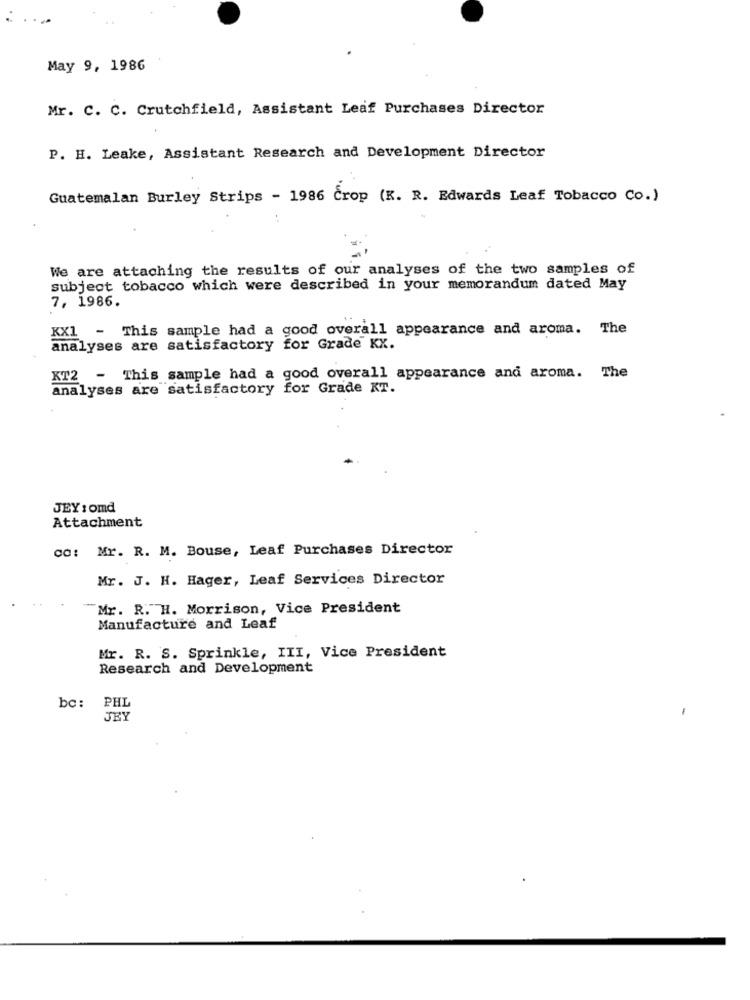
May 9, 1986
Mr. C. C. Crutchfield, Assistant Leaf Purchases Director
P. H. Leake, Assistant Research and Development Director
Guatemalan Burley Strips - 1986 Crop (K. R. Edwards Leaf Tobacco Co.)
We are attaching the results of our analyses of the two samples of
subject tobacco which were described in your memorandum dated May
7, 1986.
KX1 - This sample had a good overall appearance and aroma. The
analyses are satisfactory for Grade KX.
KT2 - This sample had a good overall appearance and aroma. The
analyses are satisfactory for Grade KT.
JEY : omd
Attachment
co: Mr. R. M. Bouse, Leaf Purchases Director
Mr. J. H. Hager, Leaf Services Director
"Mr. R. H. Morrison, Vice President
Manufacture and Leaf
Mr. R. S. Sprinkle, III, Vice President
Research and Development
bc:
PHL
JEY